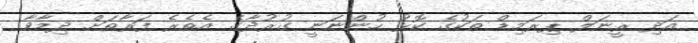
އަދި ރީނަލް ޕިރަމިޑް ތަކުގެ ކޮޅު ހުންނަނީ ގުރުދާގެ އެތެރެ ފަރާތަށް ދިމާވާ